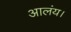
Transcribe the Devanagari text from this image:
आलंय।